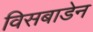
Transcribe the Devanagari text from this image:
विसबाडेन